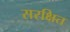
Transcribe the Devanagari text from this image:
सरक्षित